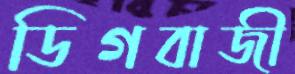
ডিগবাজী